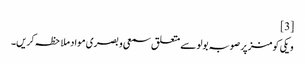
[3]
ویکی کومنز پر صوبہ بولو سے متعلق سمعی و بصری مواد ملاحظہ کریں۔